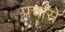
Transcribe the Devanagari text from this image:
पचासे